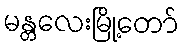
မန္တလေးမြို့တော်